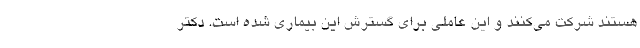
هستند شرکت می‌کنند و این عاملی برای گسترش این بیماری شده است. دکتر